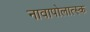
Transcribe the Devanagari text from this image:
नावापोलात्स्क